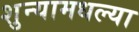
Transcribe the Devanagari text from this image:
शुन्यामधल्या